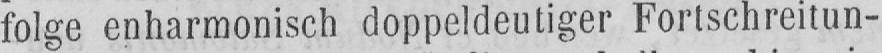
folge enharmonisch doppeldeutiger Fortschreitun-